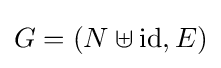
G=(N\uplus \mathrm {id} ,E)